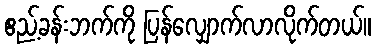
ဧည့်ခန်းဘက်ကို ပြန်လျှောက်လာလိုက်တယ်။